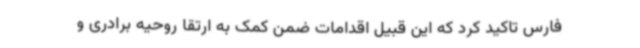
فارس تاکید کرد که این قبیل اقدامات ضمن کمک به ارتقا روحیه برادری و